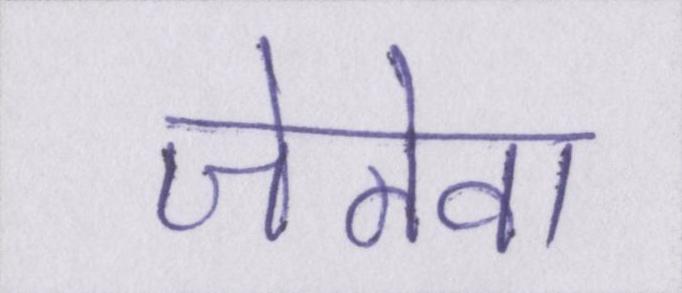
जेनेवा